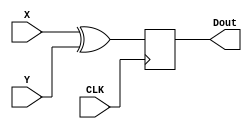
module xor_32(
    input [31:0] X,
    input [31:0] Y,
    output reg [31:0] Dout,
    input CLK
    );

always @(posedge CLK)
begin
	Dout <= X ^ Y;
end
endmodule